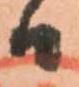
日